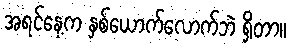
အရင်နေ့က နှစ်ယောက်လောက်ဘဲ ရှိတာ။